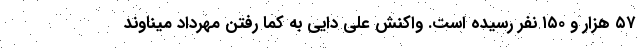
۵۷ هزار و ۱۵۰ نفر رسیده است. واکنش علی دایی به کما رفتن مهرداد میناوند